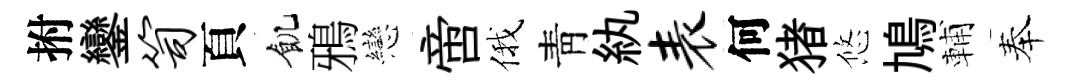
拊鑾笥頁飢鴉戀啻俄靑紈表何猪悠鳩輔奉